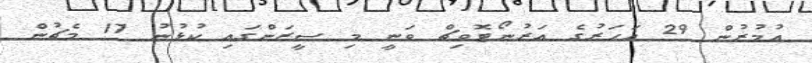
އުމުރުން 29 އަހަރުގެ އަރުނޯޓޮވިޗް ވަނީ މި ސީޒަންގައި ކުޅުނު 17 މެޗުން